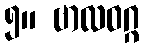
၅။ ဗာလဝဂ္ဂ